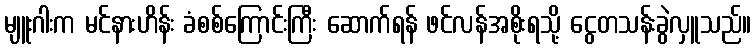
မျူးဂါးက မင်နားဟိန်း ခံစစ်ကြောင်းကြီး ဆောက်ရန် ဖင်လန်အစိုးရသို့ ငွေတသန်းခွဲလှူသည်။